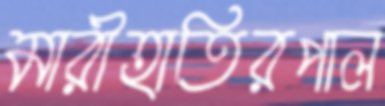
মারীহাতিরপাল